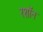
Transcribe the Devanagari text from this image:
रशॉन